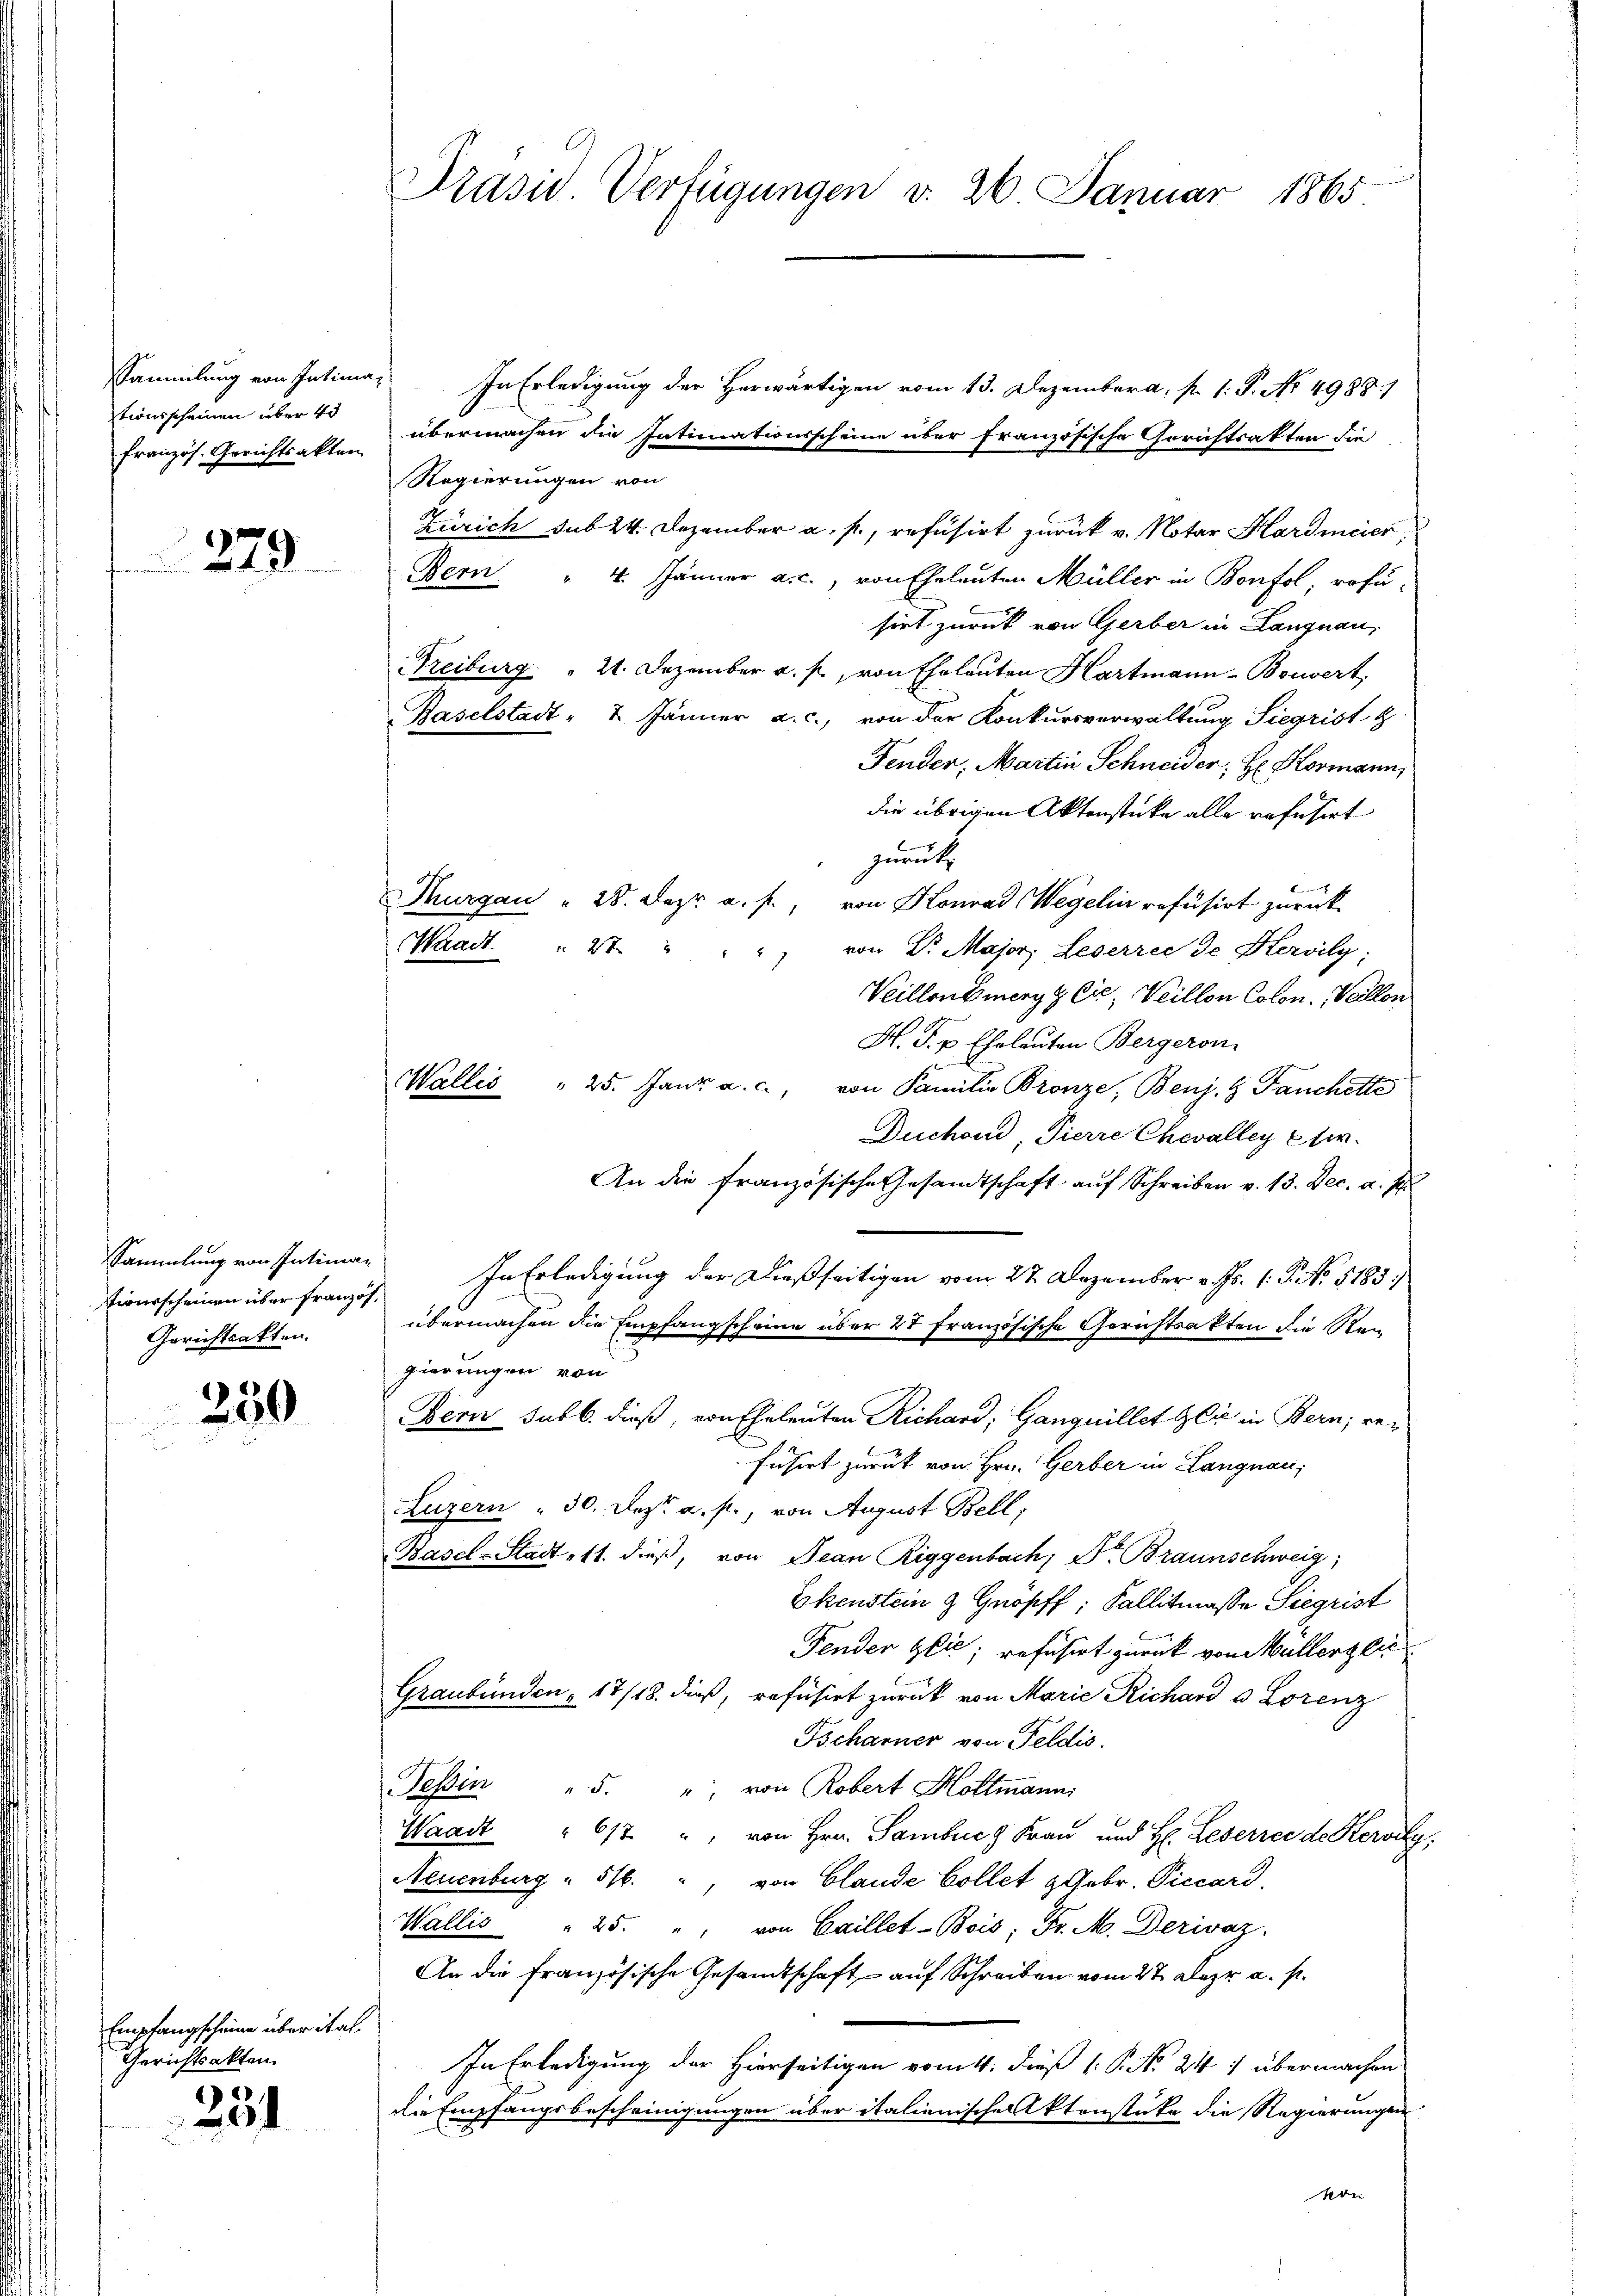
Sammlung von Intima
tionsscheinen über 45
französ. Gerichtsakten

279

Sammlung von Intiman
tionsscheinen über französ¬
Gerichtsakten.

250

Empfangscheine über ital¬
Gerichtsakten
1)

.

Präsid.. Verfügungen v. 26. Januar 1865.

In Erledigung der Herwärtigen vom 13. Dezemberg, p. 1. P. No. 4988)
übermachen die Intimationsscheine über französische Gerichtsakten die
Regierungen von
Zürich sub 24. Dezember a. p., refusirt zurück v. Notar Hardmeier,
Bern 4. Jänner a. c., von Eheleuten Müller in Bonfol, rofu-
sirt zurück von Gerber in Langnau,
Freiburg " 21. Dezember a. p., von Eheleuten Hartmann-Bouvert
Baselstadt - 2. Jänner a. c., von der Konkursverwaltung Siegrist
Fender, Martin Schneider, H. Hermann,
die übrigen Aktenstücke alle refusert
zurück
Thurgau 28. Dez. a. f., von Konrad Wegelin refüsirt zurück
Waadt.
" 27. " " " von Dr. Major Leserree de Hervily:
Weillenberg & Cie, Veillon Colon. Veillon
H. F. v. Eheleuten Bergeron
Wallis " 25. Jank a. c., von Familie Bronze, Benj. Fanchette
Duchond, Tierre Chevalley Er.
An die französische Gesandtschaft auf Schreiben v. 13. Dec. a. p.
In Erledigung der dießseitigen vom 27. Dezember v. Js. (: P. No. 5185/
übermachen die Empfangscheine über 27 Französische Gerichtsakten die Ren
gierungen von
Bern sub b. dieß, von Eheleuten Richard, Ganguillet Gli in Bern; ge¬
Fnsirt zurück von Hrn. Gerber in Langnau,
Luzern - 30. Dez. a. f., von August Bell,
Basel-Stadt 11. dieß, von Jean Riggenbach; Dr. Braunschweig,
Ekenstein & Gnöpff; Fallitmasse Siegrist
Fender Zeit, refüsirt zurück von allerzeic
Graubünden 17/18. dieß, refusirt zurück von Marie Richard u Lorenz
Tscharner von Feldis.
Tessin " 5. " von Robert Holtmann:
Waadt " 617 " von Hrn. Sambuch Frau und H. Leserrei de Keroy,
Neuenburg " 51. " von Glande Collet 9 Gebr. Piccard.
Wallis " 25. " " von Caillet-Bois, Fr. M. Derivaz
An die französische Gesandtschaft auf Schreiben vom 27. Klage a. p.
In Erledigung der Hierseitigen vom 4. dieß 1: P. No. 241 übermachen
die Empfangsbescheinigungen über italienischen Aktenstücke die Regierungen
oi